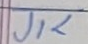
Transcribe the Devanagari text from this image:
जिक